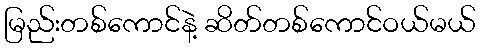
မြည်းတစ်ကောင်နဲ့ ဆိတ်တစ်ကောင်ဝယ်မယ်